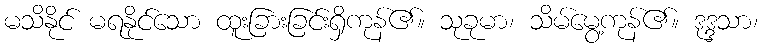
မသိနိုင် မရနိုင်သော ထူးခြားခြင်းရှိကုန်၏။ သုခုမာ၊ သိမ်မွေ့ကုန်၏။ ဒုဒ္ဒသာ၊